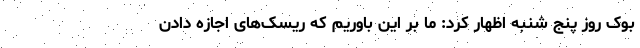
بوک روز پنج شنبه اظهار کرد: ما بر این باوریم که ریسک‌های اجازه دادن